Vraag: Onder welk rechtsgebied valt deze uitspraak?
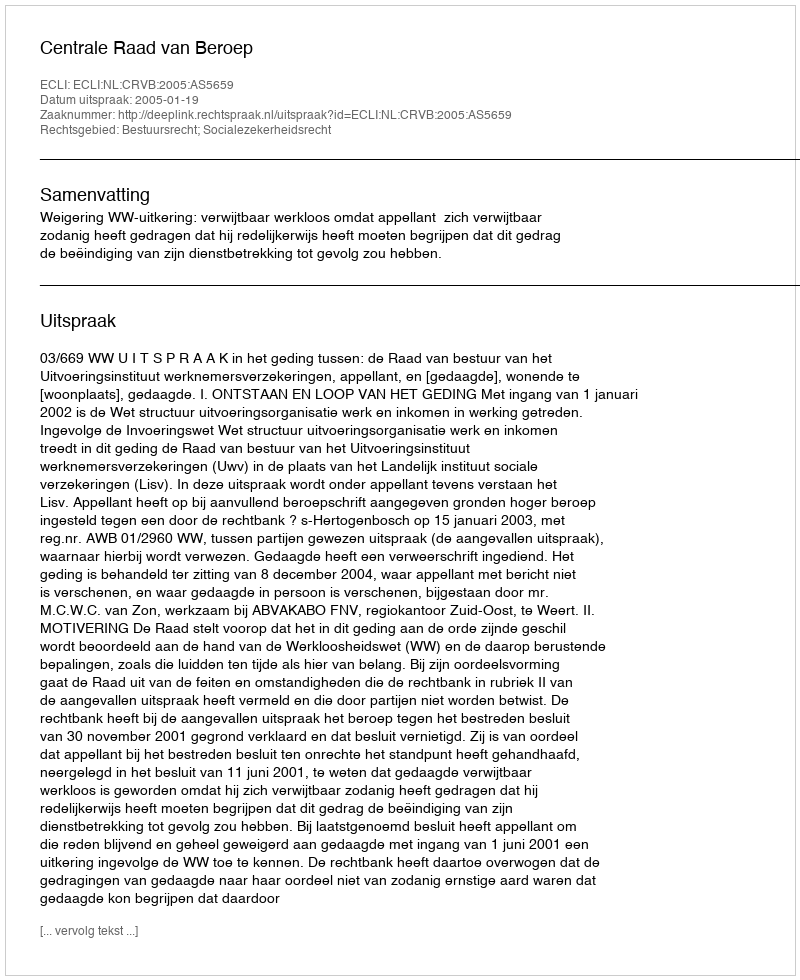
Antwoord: Bestuursrecht; Socialezekerheidsrecht